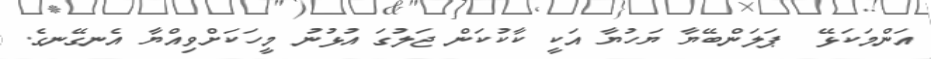
އަންމަކަޅޭ  ޕަލަންބޭޔާ ޔަހުޔާ އަކީ ކާކުކަން ޖަލުގަ އުޅުނު މީހަކަށްވިއްޔާ އެނގޭނގެ.